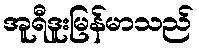
အူရီဒူးမြန်မာသည်